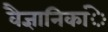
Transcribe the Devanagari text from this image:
वैज्ञानिकांे